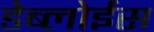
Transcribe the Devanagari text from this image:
डेब्लोईस